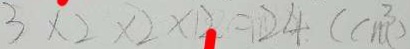
3 \times 2 \times 2 \times 2 = 2 4 ( c m ^ { 3 } )